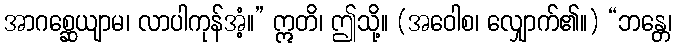
အာဂစ္ဆေယျာမ၊ လာပါကုန်အံ့။” ဣတိ၊ ဤသို့။ (အဝေါစ၊ လျှောက်၏။) “ဘန္တေ၊